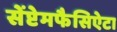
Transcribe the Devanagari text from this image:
सेंप्टेमफैसिऐटा